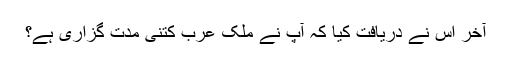
آخر اُس نے دریافت کیا کہ آپ نے ملک عرب کتنی مُدّت گزاری ہے؟